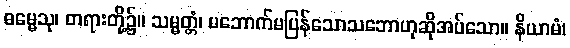
ဓမ္မေသု၊ တရားတို့၌။ သမ္မတ္တံ၊ မဘောက်မပြန်သောသဘောဟုဆိုအပ်သော။ နိယာမံ၊